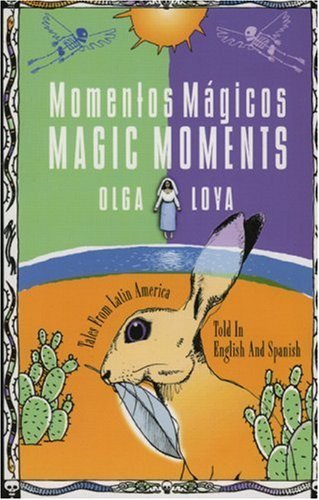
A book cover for Momentos Magicos/Magic Moments (Turtleback School & Library Binding Edition); Olga Loya; Children's Books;